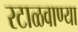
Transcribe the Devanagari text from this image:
रटाळवाण्या